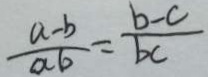
\frac { a - b } { a b } = \frac { b - c } { b c }